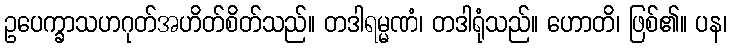
ဥပေက္ခာသဟဂုတ်အဟိတ်စိတ်သည်။ တဒါရမ္မဏံ၊ တဒါရုံသည်။ ဟောတိ၊ ဖြစ်၏။ ပန၊